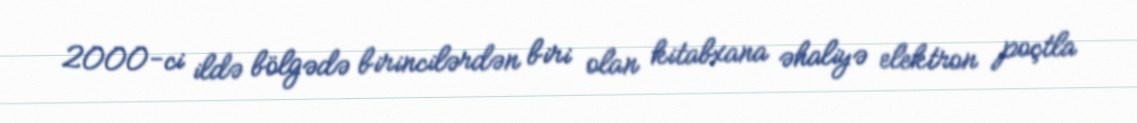
2000-ci ildə bölgədə birincilərdən biri olan kitabxana əhaliyə elektron poçtla